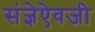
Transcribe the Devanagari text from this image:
संज्ञेऐवजी